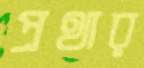
প্রথার